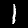
Digit: 1